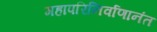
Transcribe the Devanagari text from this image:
महापरिनिर्वाणानंत